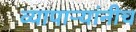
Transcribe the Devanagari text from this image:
व्यापाऱ्यांनीच